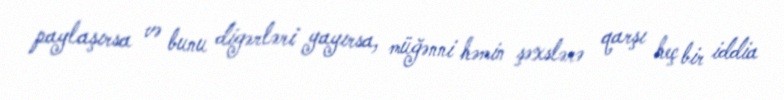
paylaşırsa və bunu digərləri yayırsa, müğənni həmin şəxslərə qarşı heç bir iddia